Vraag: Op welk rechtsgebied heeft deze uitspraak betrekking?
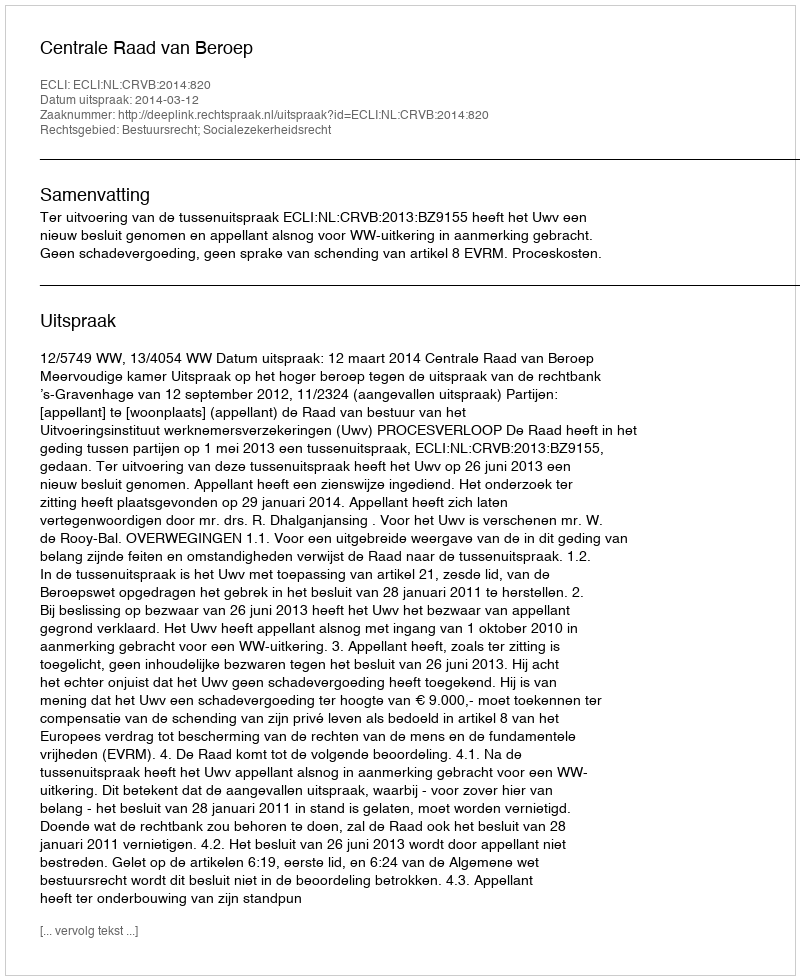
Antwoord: Bestuursrecht; Socialezekerheidsrecht